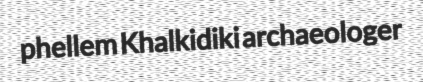
phellem Khalkidiki archaeologer